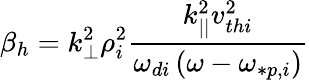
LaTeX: \beta_{h}=k_{\perp}^{2}\rho_{i}^{2}\frac{k_{||}^{2}v_{thi}^{2}}{\omega_{di}\left(\omega-\omega_{*p,i}\right)}